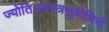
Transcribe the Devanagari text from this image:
ज्योतिःशास्त्रसुबोधिनी